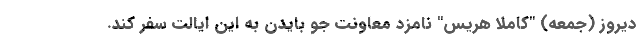
دیروز (جمعه) "کاملا هریس" نامزد معاونت جو بایدن به این ایالت سفر کند.